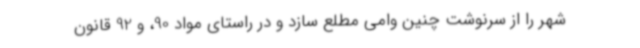
شهر را از سرنوشت چنین وامی مطلع سازد و در راستای مواد 90، و 92 قانون